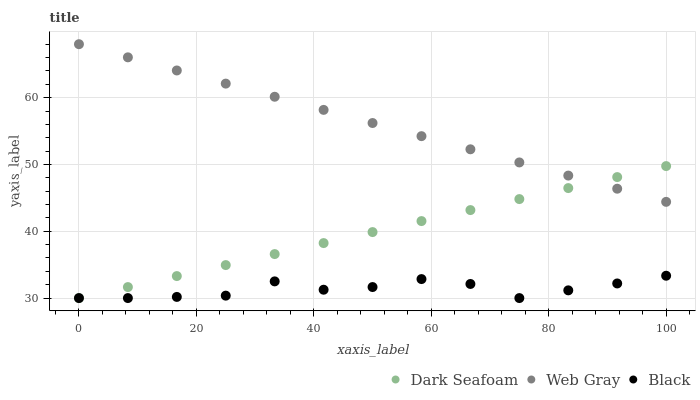
| xaxis_label | Dark Seafoam | Web Gray | Black |
 | --- | --- | --- | --- |
 | 0 | 30 | 68 | 30 |
 | 8.33 | 31.6 | 66 | 30 |
 | 16.7 | 33.3 | 64.1 | 30.2 |
 | 25 | 34.9 | 62.1 | 30.4 |
 | 33.3 | 36.6 | 60.1 | 32.5 |
 | 41.7 | 38.2 | 58.2 | 31.2 |
 | 50 | 39.9 | 56.2 | 31.6 |
 | 58.3 | 41.5 | 54.2 | 32.8 |
 | 66.7 | 43.2 | 52.3 | 32.1 |
 | 75 | 44.8 | 50.3 | 30 |
 | 83.3 | 46.5 | 48.3 | 31.2 |
 | 91.7 | 48.1 | 46.4 | 32.2 |
 | 100 | 49.8 | 44.4 | 33.3 |